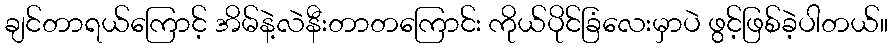
ချင်တာရယ်ကြောင့် အိမ်နဲ့လဲနီးတာတကြောင်း ကိုယ်ပိုင်ခြံလေးမှာပဲ ဖွင့်ဖြစ်ခဲ့ပါတယ်။